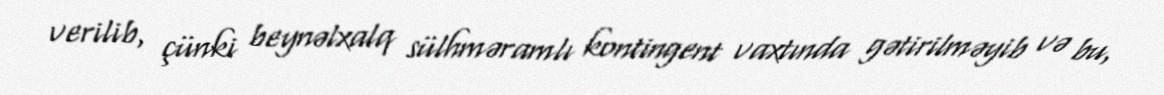
verilib, çünki beynəlxalq sülhməramlı kontingent vaxtında gətirilməyib və bu,